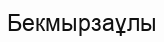
Бекмырзаұлы